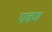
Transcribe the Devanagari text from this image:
पवण